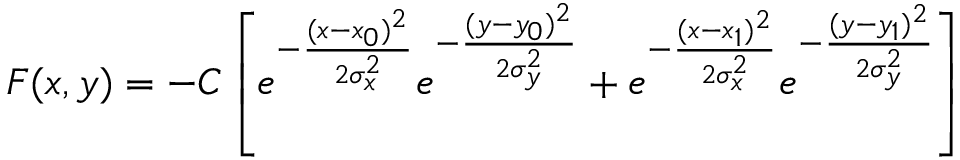
F ( x , y ) = - C \left[ e ^ { - \frac { ( x - x _ { 0 } ) ^ { 2 } } { 2 \sigma _ { x } ^ { 2 } } } e ^ { - \frac { ( y - y _ { 0 } ) ^ { 2 } } { 2 \sigma _ { y } ^ { 2 } } } + e ^ { - \frac { ( x - x _ { 1 } ) ^ { 2 } } { 2 \sigma _ { x } ^ { 2 } } } e ^ { - \frac { ( y - y _ { 1 } ) ^ { 2 } } { 2 \sigma _ { y } ^ { 2 } } } \right]